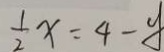
\frac { 1 } { 2 } x = 4 - y